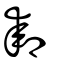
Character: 厀